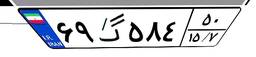
۰۵گ۷۳۳۹۷